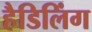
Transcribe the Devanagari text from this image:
हैडिलिंग